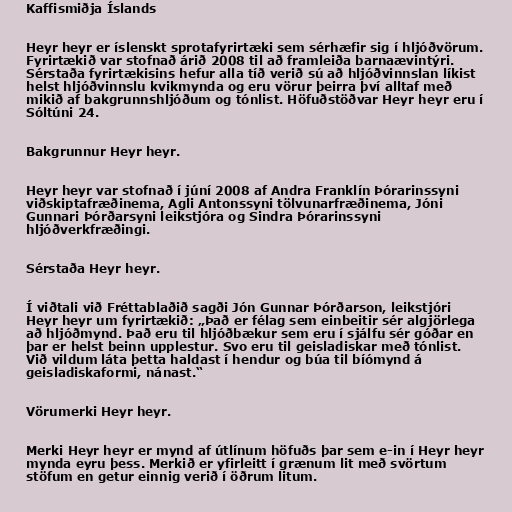
Kaffismiðja Íslands

Heyr heyr er íslenskt sprotafyrirtæki sem sérhæfir sig í hljóðvörum.
Fyrirtækið var stofnað árið 2008 til að framleiða barnaævintýri.
Sérstaða fyrirtækisins hefur alla tíð verið sú að hljóðvinnslan líkist
helst hljóðvinnslu kvikmynda og eru vörur þeirra því alltaf með
mikið af bakgrunnshljóðum og tónlist. Höfuðstöðvar Heyr heyr eru í
Sóltúni 24.

Bakgrunnur Heyr heyr.

Heyr heyr var stofnað í júní 2008 af Andra Franklín Þórarinssyni
viðskiptafræðinema, Agli Antonssyni tölvunarfræðinema, Jóni
Gunnari Þórðarsyni leikstjóra og Sindra Þórarinssyni
hljóðverkfræðingi.

Sérstaða Heyr heyr.

Í viðtali við Fréttablaðið sagði Jón Gunnar Þórðarson, leikstjóri
Heyr heyr um fyrirtækið: „Það er félag sem einbeitir sér algjörlega
að hljóðmynd. Það eru til hljóðbækur sem eru í sjálfu sér góðar en
þar er helst beinn upplestur. Svo eru til geisladiskar með tónlist.
Við vildum láta þetta haldast í hendur og búa til bíómynd á
geisladiskaformi, nánast.“

Vörumerki Heyr heyr.

Merki Heyr heyr er mynd af útlínum höfuðs þar sem e-in í Heyr heyr
mynda eyru þess. Merkið er yfirleitt í grænum lit með svörtum
stöfum en getur einnig verið í öðrum litum.